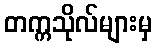
တက္ကသိုလ်များမှ